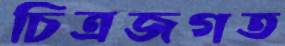
চিত্রজগত